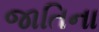
જાતિના